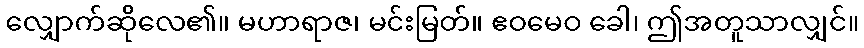
လျှောက်ဆိုလေ၏။ မဟာရာဇ၊ မင်းမြတ်။ ဧဝမေဝ ခေါ၊ ဤအတူသာလျှင်။